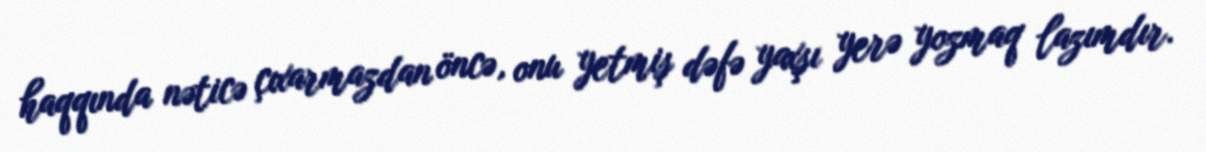
haqqında nəticə çıxarmazdan öncə, onu yetmiş dəfə yaxşı yerə yozmaq lazımdır.